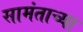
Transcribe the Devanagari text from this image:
सामंताच्या